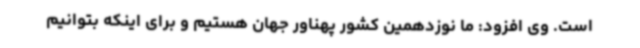
است. وی افزود: ما نوزدهمین کشور پهناور جهان هستیم و برای اینکه بتوانیم